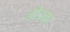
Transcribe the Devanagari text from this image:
जोडदार